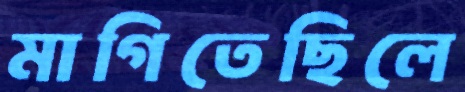
মাগিতেছিলে